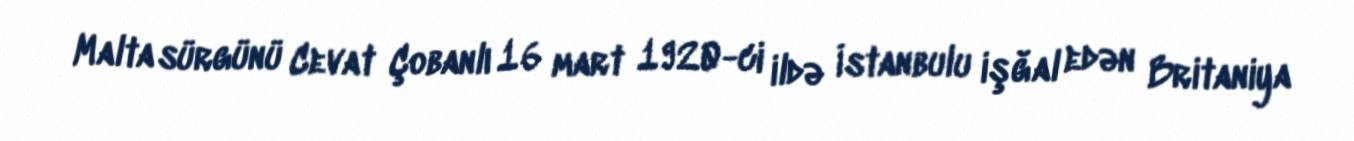
Malta sürgünü Cevat Çobanlı 16 mart 1920-ci ildə İstanbulu işğal edən Britaniya